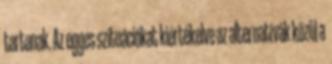
tartanak. Az egyes szituációkat kiértékelve az alternatívák közül a